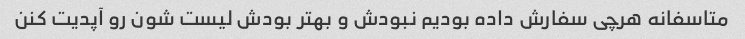
متاسفانه هرچی سفارش داده بودیم نبودش و بهتر بودش لیست شون رو آپدیت کنن